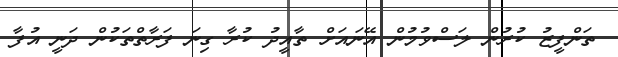
ތަންފީޒު ކުރުން ލަސްވުމުން އޭނައަށް ތާއީދު ކުރާ ގިނަ ފަރާތްތަކުން ދަނީ އުފާ